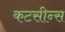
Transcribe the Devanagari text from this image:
कटसीन्स